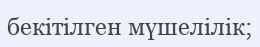
бекітілген мүшелілік;